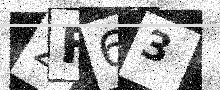
Text: 2F63